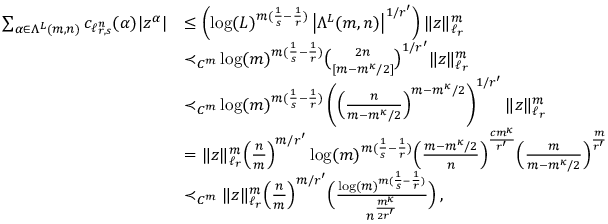
\begin{array} { r l } { \sum _ { \alpha \in \Lambda ^ { L } ( m , n ) } c _ { \ell _ { r , s } ^ { n } } ( \alpha ) | z ^ { \alpha } | } & { \le \left( \log ( L ) ^ { m ( \frac 1 { s } - \frac 1 { r } ) } \left| \Lambda ^ { L } ( m , n ) \right| ^ { 1 / r ^ { \prime } } \right) \| z \| _ { \ell _ { r } } ^ { m } } \\ & { { \prec _ { C ^ { m } } } \log ( m ) ^ { m ( \frac 1 { s } - \frac 1 { r } ) } \binom { 2 n } { [ m - m ^ { \kappa } / 2 ] } ^ { 1 / r ^ { \prime } } \| z \| _ { \ell _ { r } } ^ { m } } \\ & { { \prec _ { C ^ { m } } } \log ( m ) ^ { m ( \frac 1 { s } - \frac 1 { r } ) } \left( \Big ( \frac { n } { m - m ^ { \kappa } / 2 } \Big ) ^ { m - m ^ { \kappa } / 2 } \right) ^ { 1 / r ^ { \prime } } \| z \| _ { \ell _ { r } } ^ { m } } \\ & { = \| z \| _ { \ell _ { r } } ^ { m } \Big ( \frac { n } { m } \Big ) ^ { m / r ^ { \prime } } \log ( m ) ^ { m ( \frac 1 { s } - \frac 1 { r } ) } \Big ( \frac { m - m ^ { \kappa } / 2 } { n } \Big ) ^ { \frac { c m ^ { \kappa } } { r ^ { \prime } } } \Big ( \frac { m } { m - m ^ { \kappa } / 2 } \Big ) ^ { \frac { m } { r ^ { \prime } } } } \\ & { \prec _ { C ^ { m } } \| z \| _ { \ell _ { r } } ^ { m } \Big ( \frac { n } { m } \Big ) ^ { m / r ^ { \prime } } \Big ( \frac { \log ( m ) ^ { m ( \frac 1 { s } - \frac 1 { r } ) } } { n ^ { \frac { m ^ { \kappa } } { 2 r ^ { \prime } } } } \Big ) \, , } \end{array}